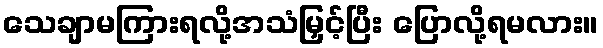
သေချာမကြားရလို့အသံမြှင့်ပြီး ပြောလို့ရမလား။